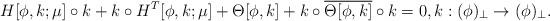
LaTeX: \begin{align*}H[\phi,k;\mu]\circ k + k\circ H^T[\phi,k;\mu] + \Theta[\phi,k] + k\circ \overline{\Theta[\phi,k]}\circ k =0,k:(\phi)_\perp \to (\phi)_\perp.\end{align*}